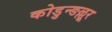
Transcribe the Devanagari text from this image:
कोडुन्ङल्लूर